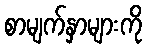
စာမျက်နှာများကို